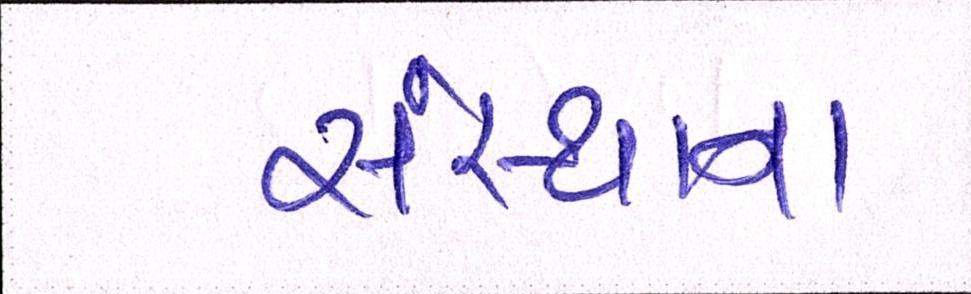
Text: સંસ્થાના